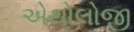
એથોલોજી